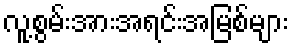
လူ့စွမ်းအားအရင်းအမြစ်များ